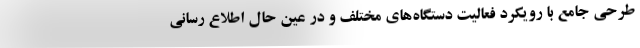
طرحی جامع با رویکرد فعالیت دستگاه‌های مختلف و در عین حال اطلاع رسانی